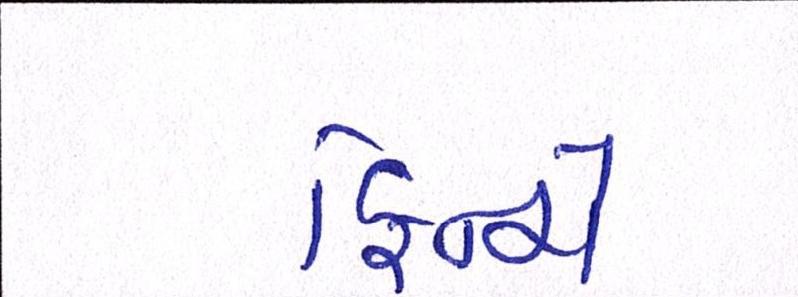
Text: ફિન્ચે